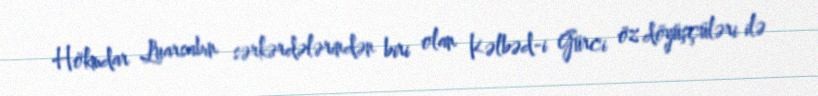
Hökmdar Luarsabın sərkərdələrindən biri olan Kəlbəd-i Gürci öz döyüşçüləri ilə